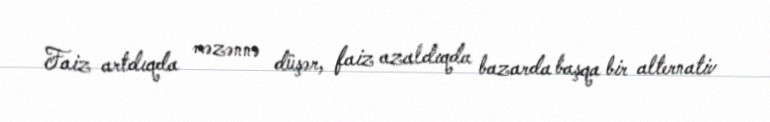
Faiz artdıqda məzənnə düşər, faiz azaldıqda bazarda başqa bir alternativ